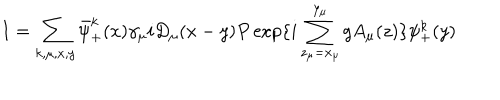
LaTeX: I = \sum _ { k , \mu , x , y } \bar { \psi } _ { + } ^ { k } ( x ) \gamma _ { \mu } i D _ { \mu } ( x - y ) P \exp \{ i \sum _ { z _ { \mu } = x _ { \mu } } ^ { y _ { \mu } } g A _ { \mu } ( z ) \} \psi _ { + } ^ { k } ( y )